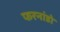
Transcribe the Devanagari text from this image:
फरनांडो